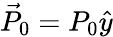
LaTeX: \vec{P}_{0}=P_{0}\hat{y}